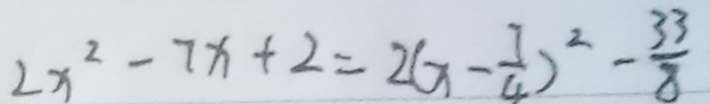
2 x ^ { 2 } - 7 x + 2 = 2 ( x - \frac { 7 } { 4 } ) ^ { 2 } - \frac { 3 3 } { 8 }